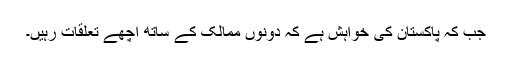
جب کہ پاکستان کی خواہش ہے کہ دونوں ممالک کے ساتھ اچھے تعلقات رہیں۔